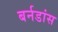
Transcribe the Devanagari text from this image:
बर्नडांस